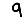
Digit: 9